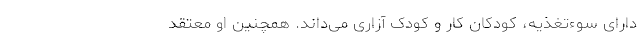
دارای سوء‌تغذیه، کودکان کار و کودک آزاری می‌داند. همچنین او معتقد